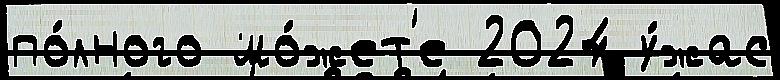
по́лного мо́жет'е 2024 у́жас